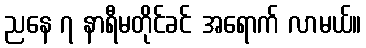
ညနေ ၇ နာရီမတိုင်ခင် အရောက် လာမယ်။